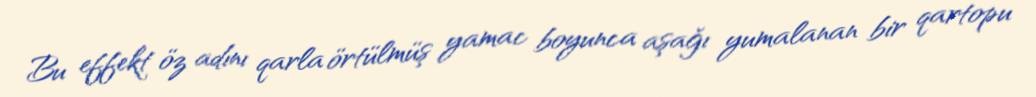
Bu effekt öz adını qarla örtülmüş yamac boyunca aşağı yumalanan bir qartopu